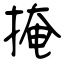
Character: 掩